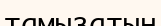
тамызатын